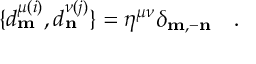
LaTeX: \{ d _ { \bf m } ^ { \mu ( i ) } , d _ { \bf n } ^ { \nu ( j ) } \} = \eta ^ { \mu \nu } \delta _ { \bf m , \bf - n } \quad .